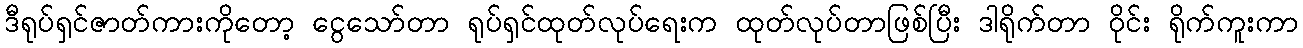
ဒီရုပ်ရှင်ဇာတ်ကားကိုတော့ ငွေသော်တာ ရုပ်ရှင်ထုတ်လုပ်ရေးက ထုတ်လုပ်တာဖြစ်ပြီး ဒါရိုက်တာ ဝိုင်း ရိုက်ကူးကာ